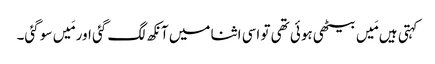
کہتی ہیں مَیں بیٹھی ہوئی تھی تو اسی اثنا میں آنکھ لگ گئی اور مَیں سو گئی۔